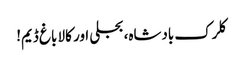
کلرک بادشاہ، بجلی اور کالا باغ ڈیم!